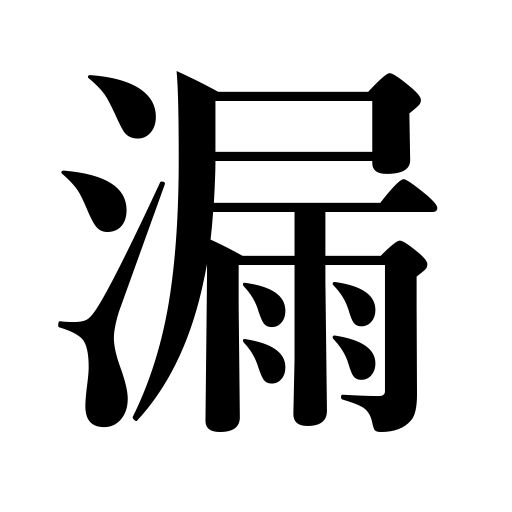
Meanings: time,betray,escape,let leak,omit,water clock,leaking,leave out,divulge,shine through,be disclosed,give vent to,let go,be excluded,miss,spill,be omitted,leak,express,find expression